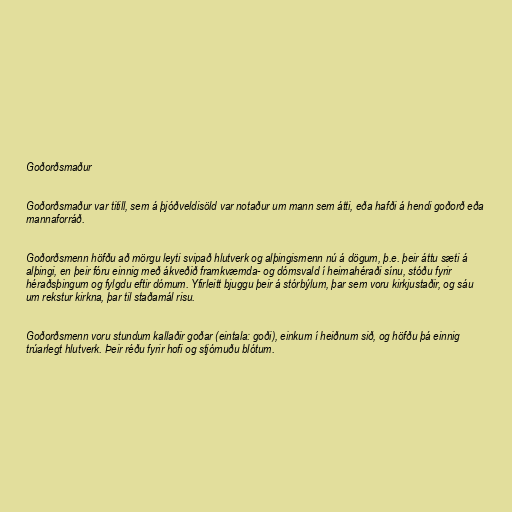
Goðorðsmaður

Goðorðsmaður var titill, sem á þjóðveldisöld var notaður um mann sem átti, eða hafði á hendi goðorð eða
mannaforráð.

Goðorðsmenn höfðu að mörgu leyti svipað hlutverk og alþingismenn nú á dögum, þ.e. þeir áttu sæti á
alþingi, en þeir fóru einnig með ákveðið framkvæmda- og dómsvald í heimahéraði sínu, stóðu fyrir
héraðsþingum og fylgdu eftir dómum. Yfirleitt bjuggu þeir á stórbýlum, þar sem voru kirkjustaðir, og sáu
um rekstur kirkna, þar til staðamál risu.

Goðorðsmenn voru stundum kallaðir goðar (eintala: goði), einkum í heiðnum sið, og höfðu þá einnig
trúarlegt hlutverk. Þeir réðu fyrir hofi og stjórnuðu blótum.